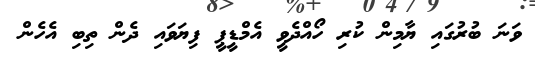
ވަނަ ބުރުގައި ޔާމިން ކުރި ހޯއްދެވީ އެމްޑީޕީ ފިޔަވައި ދެން ތިބި އެހެން